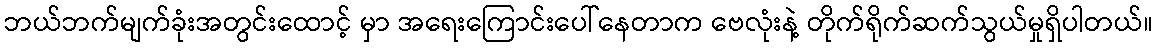
ဘယ်ဘက်မျက်ခုံးအတွင်းထောင့် မှာ အရေးကြောင်းပေါ်နေတာက ဗေလုံးနဲ့ တိုက်ရိုက်ဆက်သွယ်မှုရှိပါတယ်။